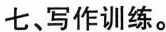
七、写作训练。